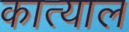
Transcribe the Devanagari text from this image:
कात्याल